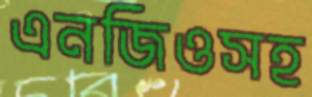
এনজিওসহ